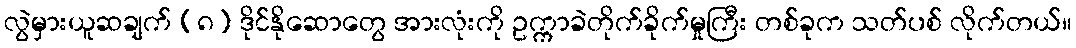
လွဲမှားယူဆချက် (၈) ဒိုင်နိုဆောတွေ အားလုံးကို ဥက္ကာခဲတိုက်ခိုက်မှုကြီး တစ်ခုက သတ်ပစ် လိုက်တယ်။